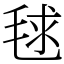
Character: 毬